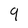
Character: 9